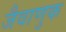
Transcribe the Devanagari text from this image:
जैवाणुक